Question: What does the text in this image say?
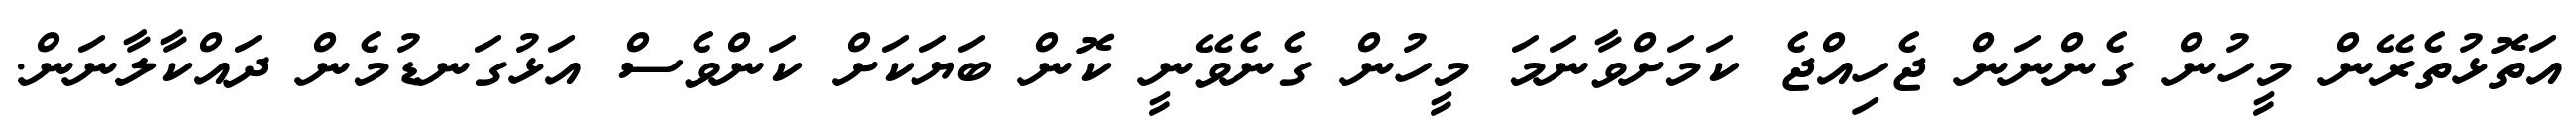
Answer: އަތޮޅުތެރޭން މީހުން ގެންނަން ޖެހިއްޖެ ކަމަށްވާނަމަ މީހުން ގެނެވޭނީ ކޮން ބަޔަކަށް ކަންވެސް އަޅުގަނޑުމެން ދައްކާލާނަން.